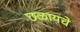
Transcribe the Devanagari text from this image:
छळायचे